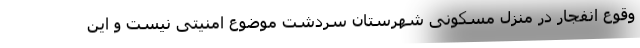
وقوع انفجار در منزل مسکونی شهرستان سردشت موضوع امنیتی نیست و این